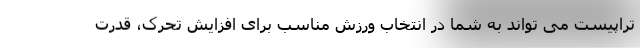
تراپیست می تواند به شما در انتخاب ورزش مناسب برای افزایش تحرک، قدرت